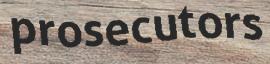
prosecutors